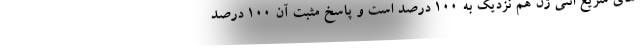
های سریع انتی ژن هم نزدیک به ۱۰۰ درصد است و پاسخ مثبت آن ۱۰۰ درصد